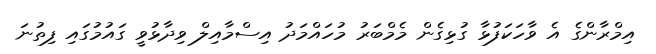
އިމްރާންގެ އެ ވާހަކަފުޅާ ގުޅިގެން މެމްބަރު މުހައްމަދު އިސްމާއިލް ވިދާޅުވީ ގައުމުގައި ފިތުނަ